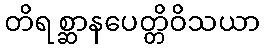
တိရစ္ဆာနပေတ္တိဝိသယာ